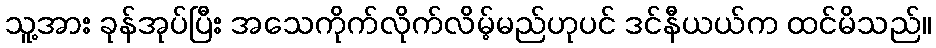
သူ့အား ခုန်အုပ်ပြီး အသေကိုက်လိုက်လိမ့်မည်ဟုပင် ဒင်နီယယ်က ထင်မိသည်။